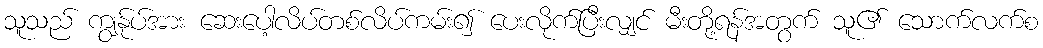
သူသည် ကျွန်ုပ်အား ဆေးပေါ့လိပ်တစ်လိပ်ကမ်း၍ ပေးလိုက်ပြီးလျှင် မီးတို့ရန်အတွက် သူ၏ သောက်လက်စ